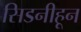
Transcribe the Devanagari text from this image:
सिडनीहून